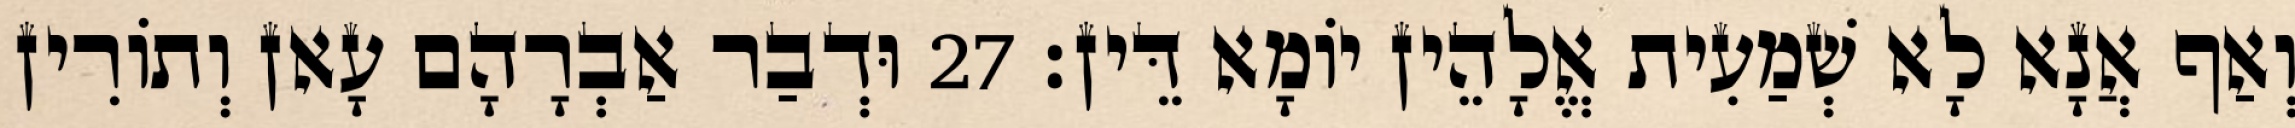
וְאַף אֲנָא לָא שְׁמַעִית אֱלָהֵין יוֹמָא דֵּין׃ 27 וּדְבַר אַבְרָהָם עָאן וְתוֹרִין